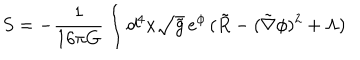
LaTeX: S = - \frac { 1 } { 1 6 \pi G } \int d ^ { 4 } x \sqrt { \tilde { g } } \, e ^ { \phi } \, ( \tilde { R } - ( \tilde { \nabla } \phi ) ^ { 2 } + \Lambda )